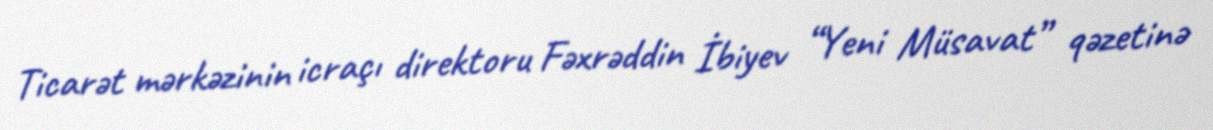
Ticarət mərkəzinin icraçı direktoru Fəxrəddin İbiyev “Yeni Müsavat” qəzetinə